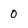
Character: 0